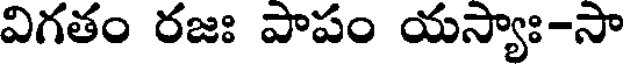
విగతం రజః పాపం యస్యాః-సా